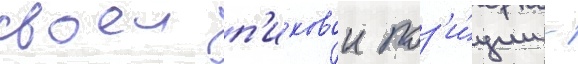
своеи п'иковои поз'и́ции -